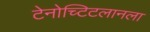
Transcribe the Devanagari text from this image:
टेनोच्टिटलानला